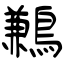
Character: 鶼